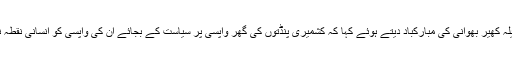
انہوںنے پنڈت برادری کومیلہ کھیر بھوانی کی مبارکباد دیتے ہوئے کہا کہ کشمیری پنڈتوں کی گھر واپسی پر سیاست کے بجائے ان کی واپسی کو انسانی نقطہ نظر سے دیکھا جانا چاہئے۔